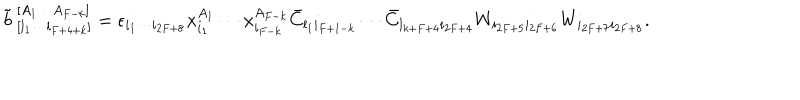
\tilde { b } _ { ~ [ l _ { 1 } \cdots l _ { F + 4 + k } ] } ^ { ~ [ A _ { 1 } \cdots A _ { F - k } ] } = \epsilon _ { i _ { 1 } \cdots i _ { 2 F + 8 } } x _ { i _ { 1 } } ^ { A _ { 1 } } \cdots x _ { i _ { F - k } } ^ { A _ { F - k } } \bar { C } _ { l _ { 1 } i _ { F + 1 - k } } \cdots \bar { C } _ { l _ { k + F + 4 } i _ { 2 F + 4 } } W _ { i _ { 2 F + 5 } i _ { 2 F + 6 } } W _ { i _ { 2 F + 7 } i _ { 2 F + 8 } } .